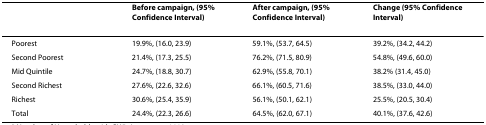
<table><thead><tr><td></td><td><b>Before campaign, (95% Confidence Interval)</b></td><td><b>After campaign, (95% Confidence Interval)</b></td><td><b>Change (95% Confidence Interval)</b></td></tr></thead><tbody><tr><td>Poorest</td><td>19.9%, (16.0, 23.9)</td><td>59.1%, (53.7, 64.5)</td><td>39.2%, (34.2, 44.2)</td></tr><tr><td>Second Poorest</td><td>21.4%, (17.3, 25.5)</td><td>76.2%, (71.5, 80.9)</td><td>54.8%, (49.6, 60.0)</td></tr><tr><td>Mid Quintile</td><td>24.7%, (18.8, 30.7)</td><td>62.9%, (55.8, 70.1)</td><td>38.2% (31.4, 45.0)</td></tr><tr><td>Second Richest</td><td>27.6%, (22.6, 32.6)</td><td>66.1%, (60.5, 71.6)</td><td>38.5%, (33.0, 44.0)</td></tr><tr><td>Richest</td><td>30.6%, (25.4, 35.9)</td><td>56.1%, (50.1, 62.1)</td><td>25.5%, (20.5, 30.4)</td></tr><tr><td>Total</td><td>24.4%, (22.3, 26.6)</td><td>64.5%, (62.0, 67.1)</td><td>40.1%, (37.6, 42.6)</td></tr></tbody></table>